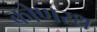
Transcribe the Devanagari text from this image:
कोणरथ